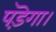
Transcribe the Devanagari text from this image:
पड़ॆगा।